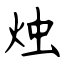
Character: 烛